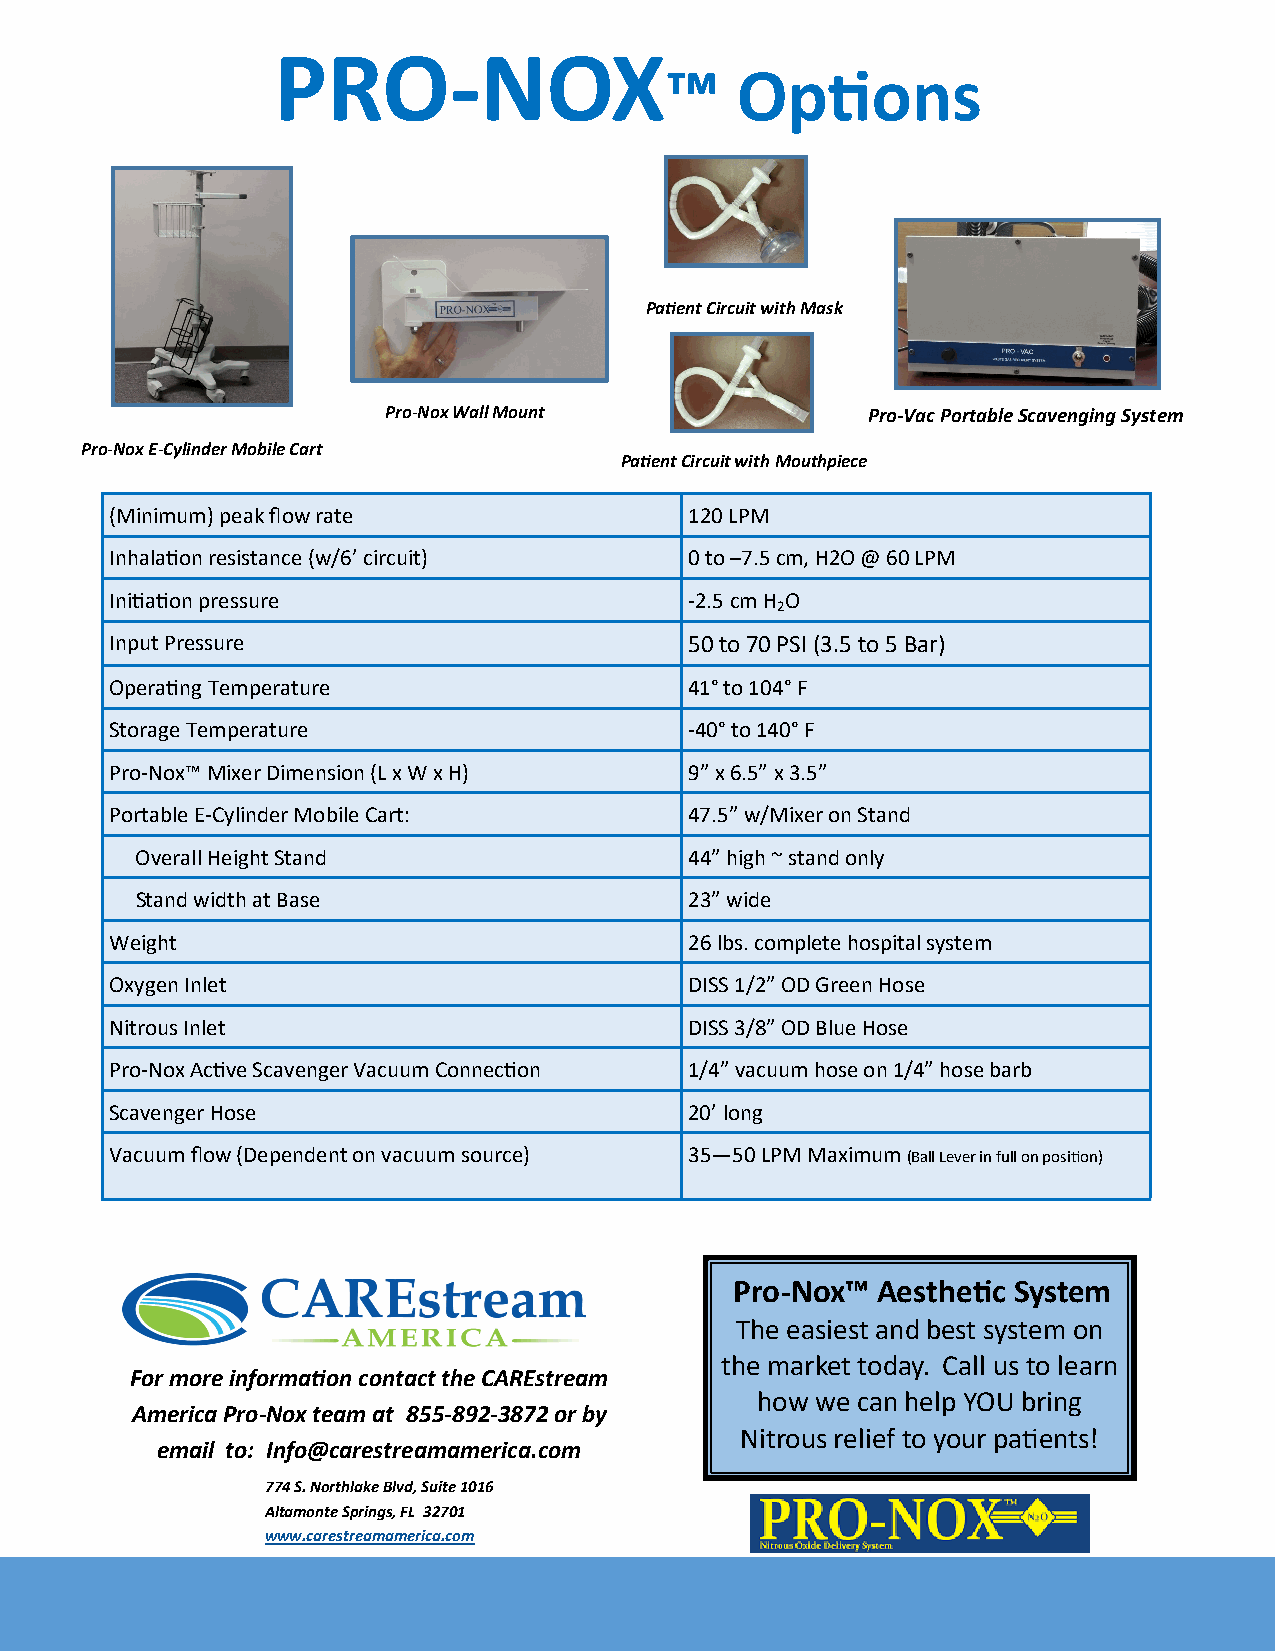
PRO-NOX
 ™    Options
 Patient Circuit with Mask
 Pro-Nox Wall Mount              Pro-Vac Portable Scavenging System
 Pro-Nox E-Cylinder Mobile Cart
 Patient Circuit with Mouthpiece
 (Minimum) peak flow rate               120 LPM
 Inhalation resistance (w/6’ circuit)   0 to –7.5 cm, H2O @ 60 LPM
 Initiation pressure                    -2.5 cm H O
 2
 Input Pressure                         50 to 70 PSI (3.5 to 5 Bar)
 Operating Temperature                  41° to 104° F
 Storage Temperature                    -40° to 140° F
 Pro-Nox™ Mixer Dimension (L x W x H)   9” x 6.5” x 3.5”
 Portable E-Cylinder Mobile Cart:       47.5” w/Mixer on Stand
 Overall Height Stand                 44” high ~ stand only
 Stand width at Base                  23” wide
 Weight                                 26 lbs. complete hospital system
 Oxygen Inlet                           DISS 1/2” OD Green Hose
 Nitrous Inlet                          DISS 3/8” OD Blue Hose
 Pro-Nox Active Scavenger Vacuum Connection 1/4” vacuum hose on 1/4” hose barb
 Scavenger Hose                         20’ long
 Vacuum flow (Dependent on vacuum source) 35—50 LPM Maximum (Ball Lever in full on position)
 Pro-Nox™ Aesthetic System
 The easiest and best system on
 the market today. Call us to learn
 For more information contact the CAREstream
 how we can help YOU bring
 America Pro-Nox team at 855-892-3872 or by
 Nitrous relief to your patients!
 email to: Info@carestreamamerica.com
 774 S. Northlake Blvd, Suite 1016
 Altamonte Springs, FL 32701
 www.carestreamamerica.com